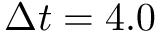
\Delta t = 4 . 0